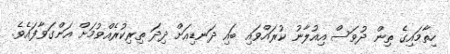
ހިތާމައިގެ ތިން ދުވަސް އިއުލާނު ކުރައްވައި ބައި ދަނޑިއަށް ދިދަ ތިރިކުރެއްވުމަށް އަންގަވާފައެވެ.